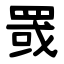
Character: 罭